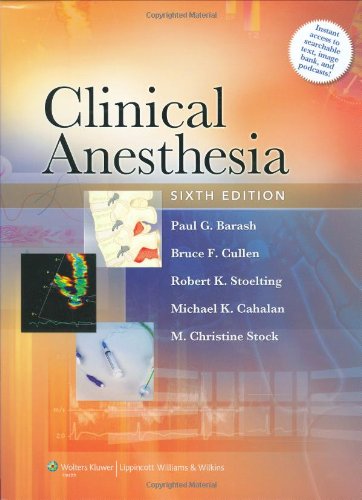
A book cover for Clinical Anesthesia; Medical Books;